Pusta,_Kaarel_Robert, lk 44
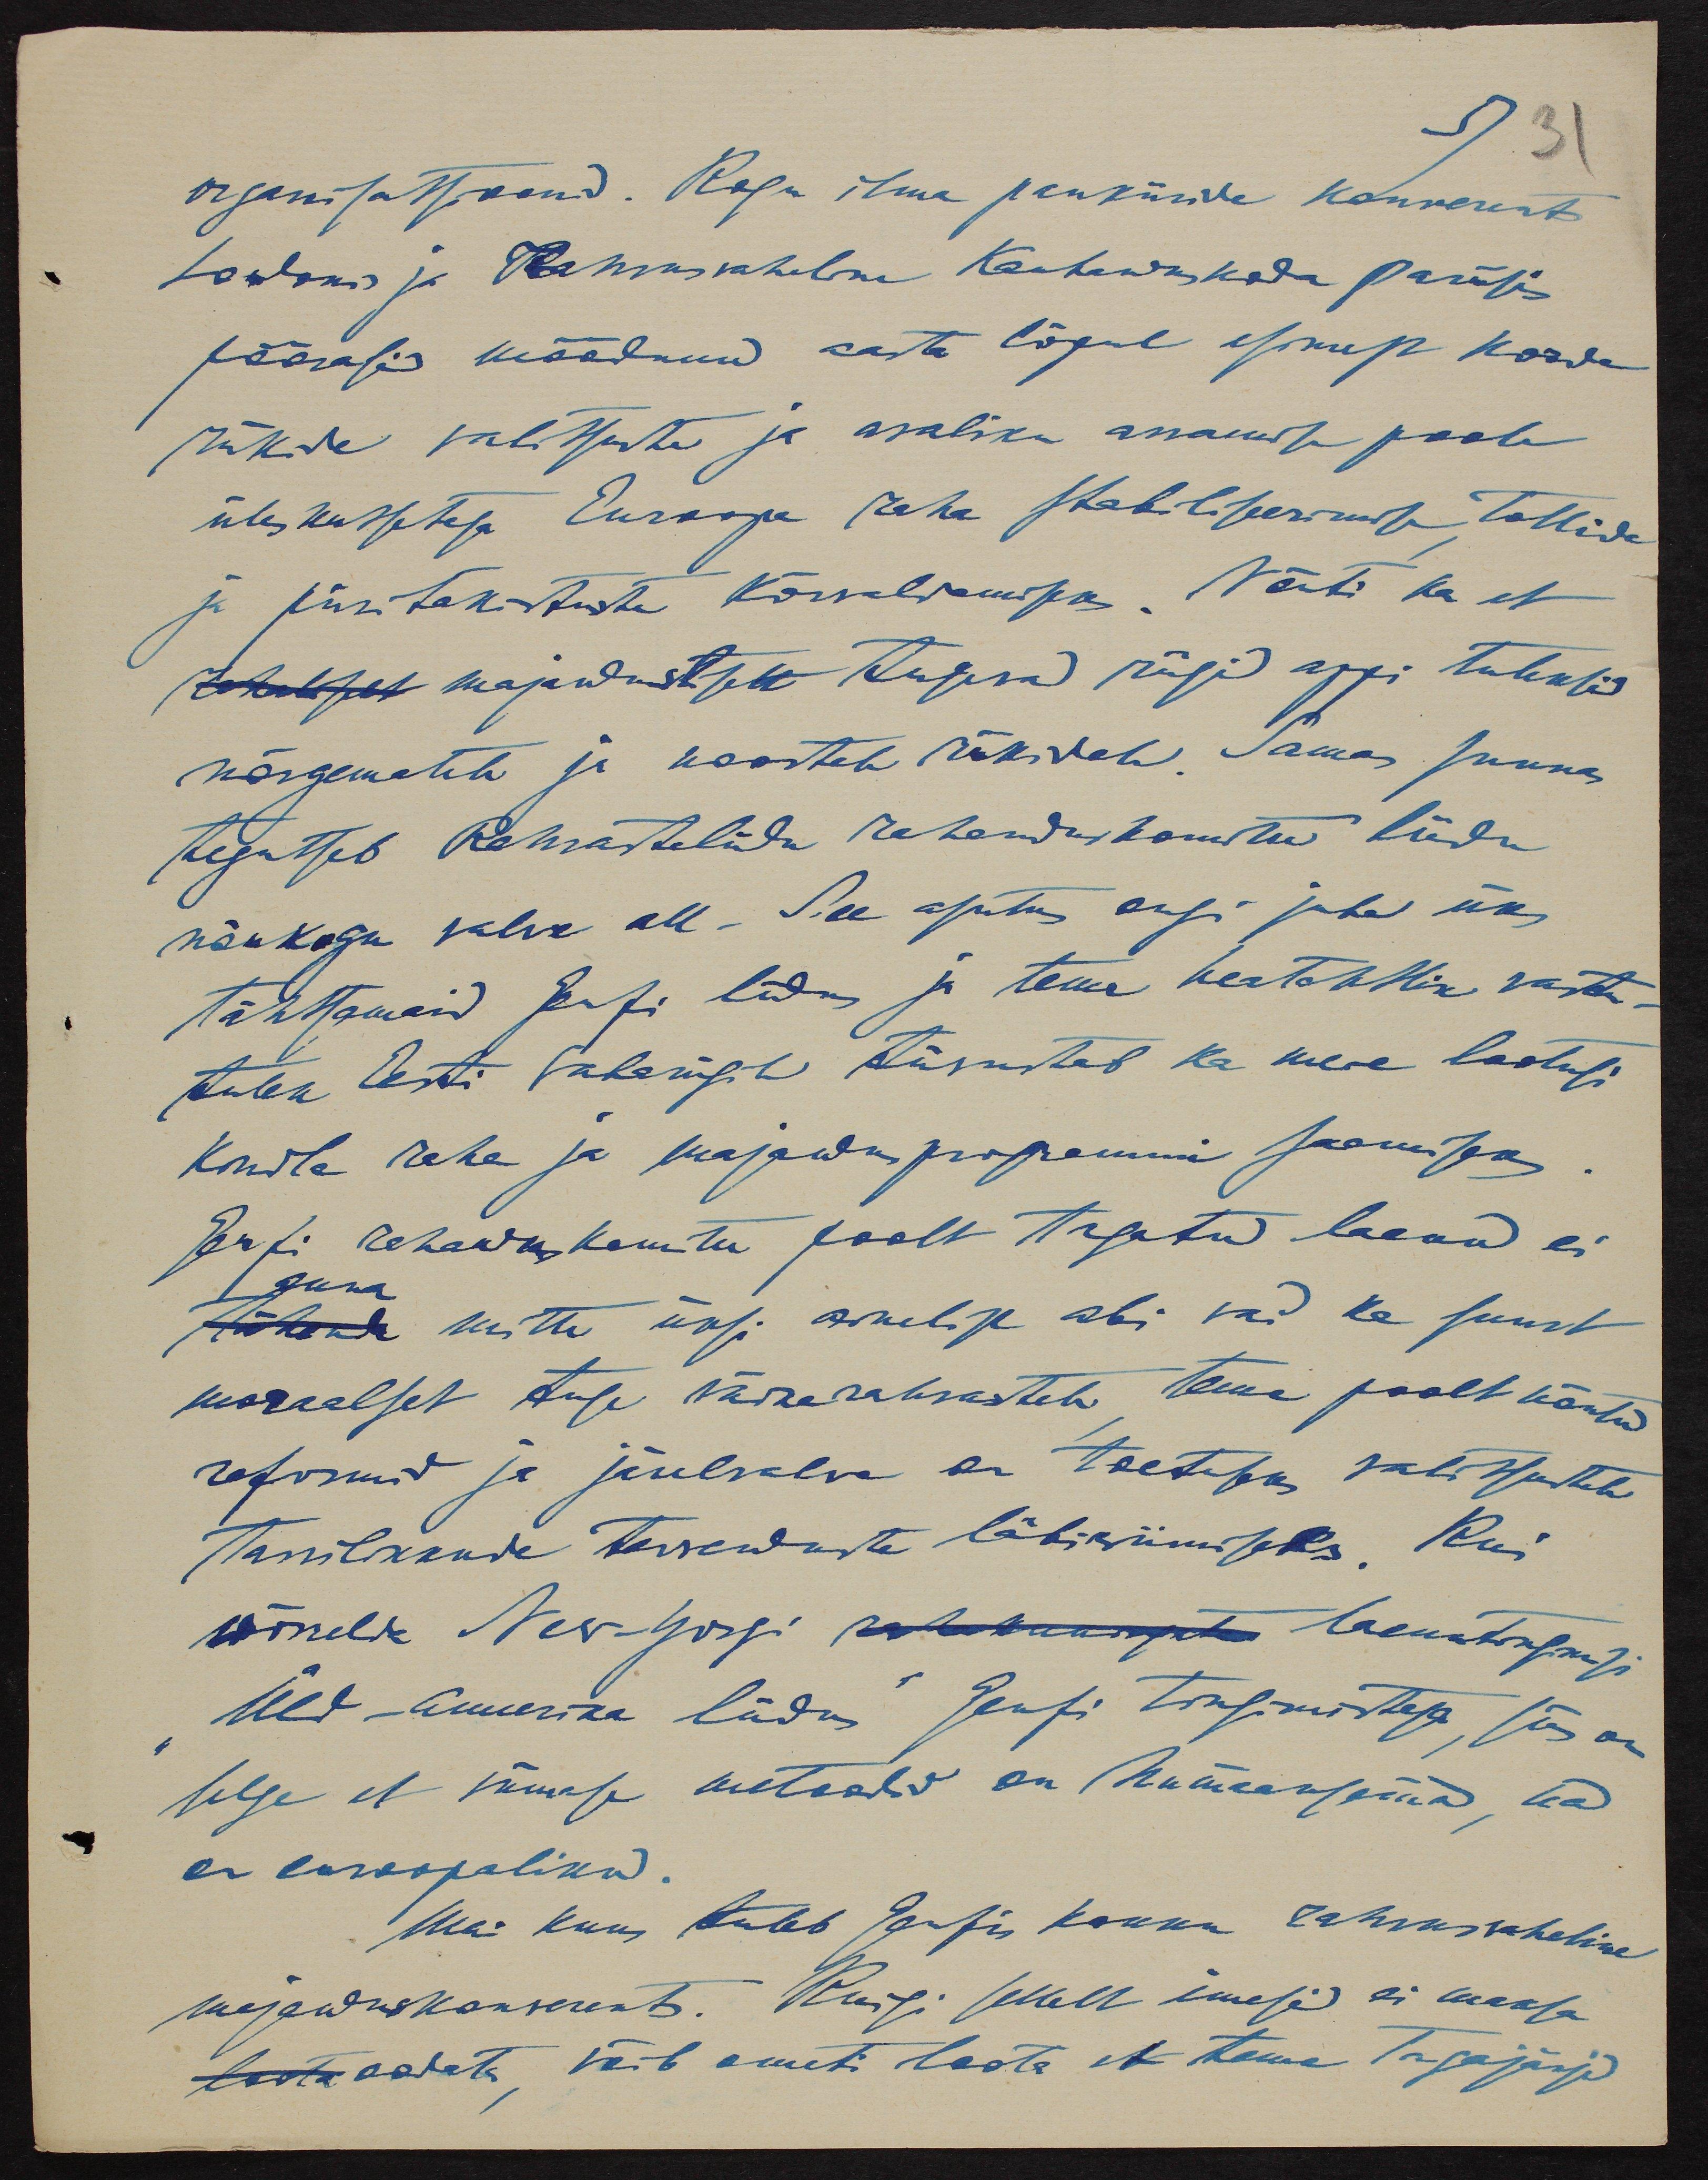
53
organisatsioonid. Kogu ilma pankiiride konverents
Londonis ja Rahvusvaheline Kaubanduskoda Pariisis
pöörasid möödunud aasta lõpul esimest korda
riikide valitsuste ja avaliku arvamise poole
üleskutsetega Euroopa raha stabiliseerimise, tollide
ja piiritakistuste kõrvaldamiseks. Nõuti ka et
majanduselt tugevad riigid appi tuleksid
nõrgematele ja noortele riikidele. Samas suunas
tegutseb Rahvasteliidu rahanduskomitee liidu
nõukogu valve all. See asutus ongi juba üks
tähtsamaid Genfi liidus ja tema heatahlik vastu-
tulek Eesti Vabariigile tiivustab ka meie lootusi
Kindla raha ja majandusprogrammi saamiseks
Genfi rahanduskomitee poolt tagatud laenud ei
anna
mitte üksi ainelist abi vaid ka suurt
moraalset tuge väikerahvastele tema poolt nõutud
reformid ja järelvalve on toetuseks valitsustele
tarvilikkude tervenduste läbiviimiseks. Kui
võrrelda New-Yorgi xxx laenutingimusi
Üld-Ameerika liidus Genfi tingimistega, siis on
selge et viimase metoodid on humaansemad, nad
on euroopalikud.
Mai kuus tuleb Genfis kokku rahvusvaheline
majanduskonverents. Riigi sellelt imesid ei maksa
oodata, võib ometi loota et tema tagajärjed